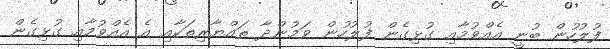
ފުލުހުން ބުނީ އެއްވުމާއި ގުޅިގެން ފުލުހުން ވަމުންދާ ތައްޔާރިތަކާއި އެ އެއްވުމާއި ގުޅިގެން